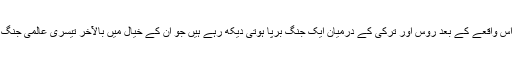
سوشل میڈیا کے دانشور اس واقعے کے بعد روس اور ترکی کے درمیان ایک جنگ برپا ہوتی دیکھ رہے ہیں جو ان کے خیال میں بالآخر تیسری عالمی جنگ کی طرف لے جائے گی۔